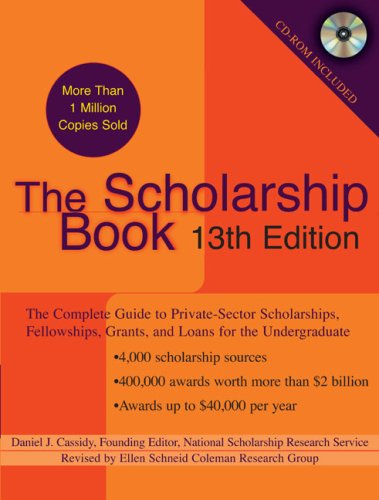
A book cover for The Scholarship Book, 13th Edition: The Complete Guide to Private-Sector Scholarships, Fellowships, Grants, and Loans for the Undergraduate; National Scholarship Research Service; Business & Money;